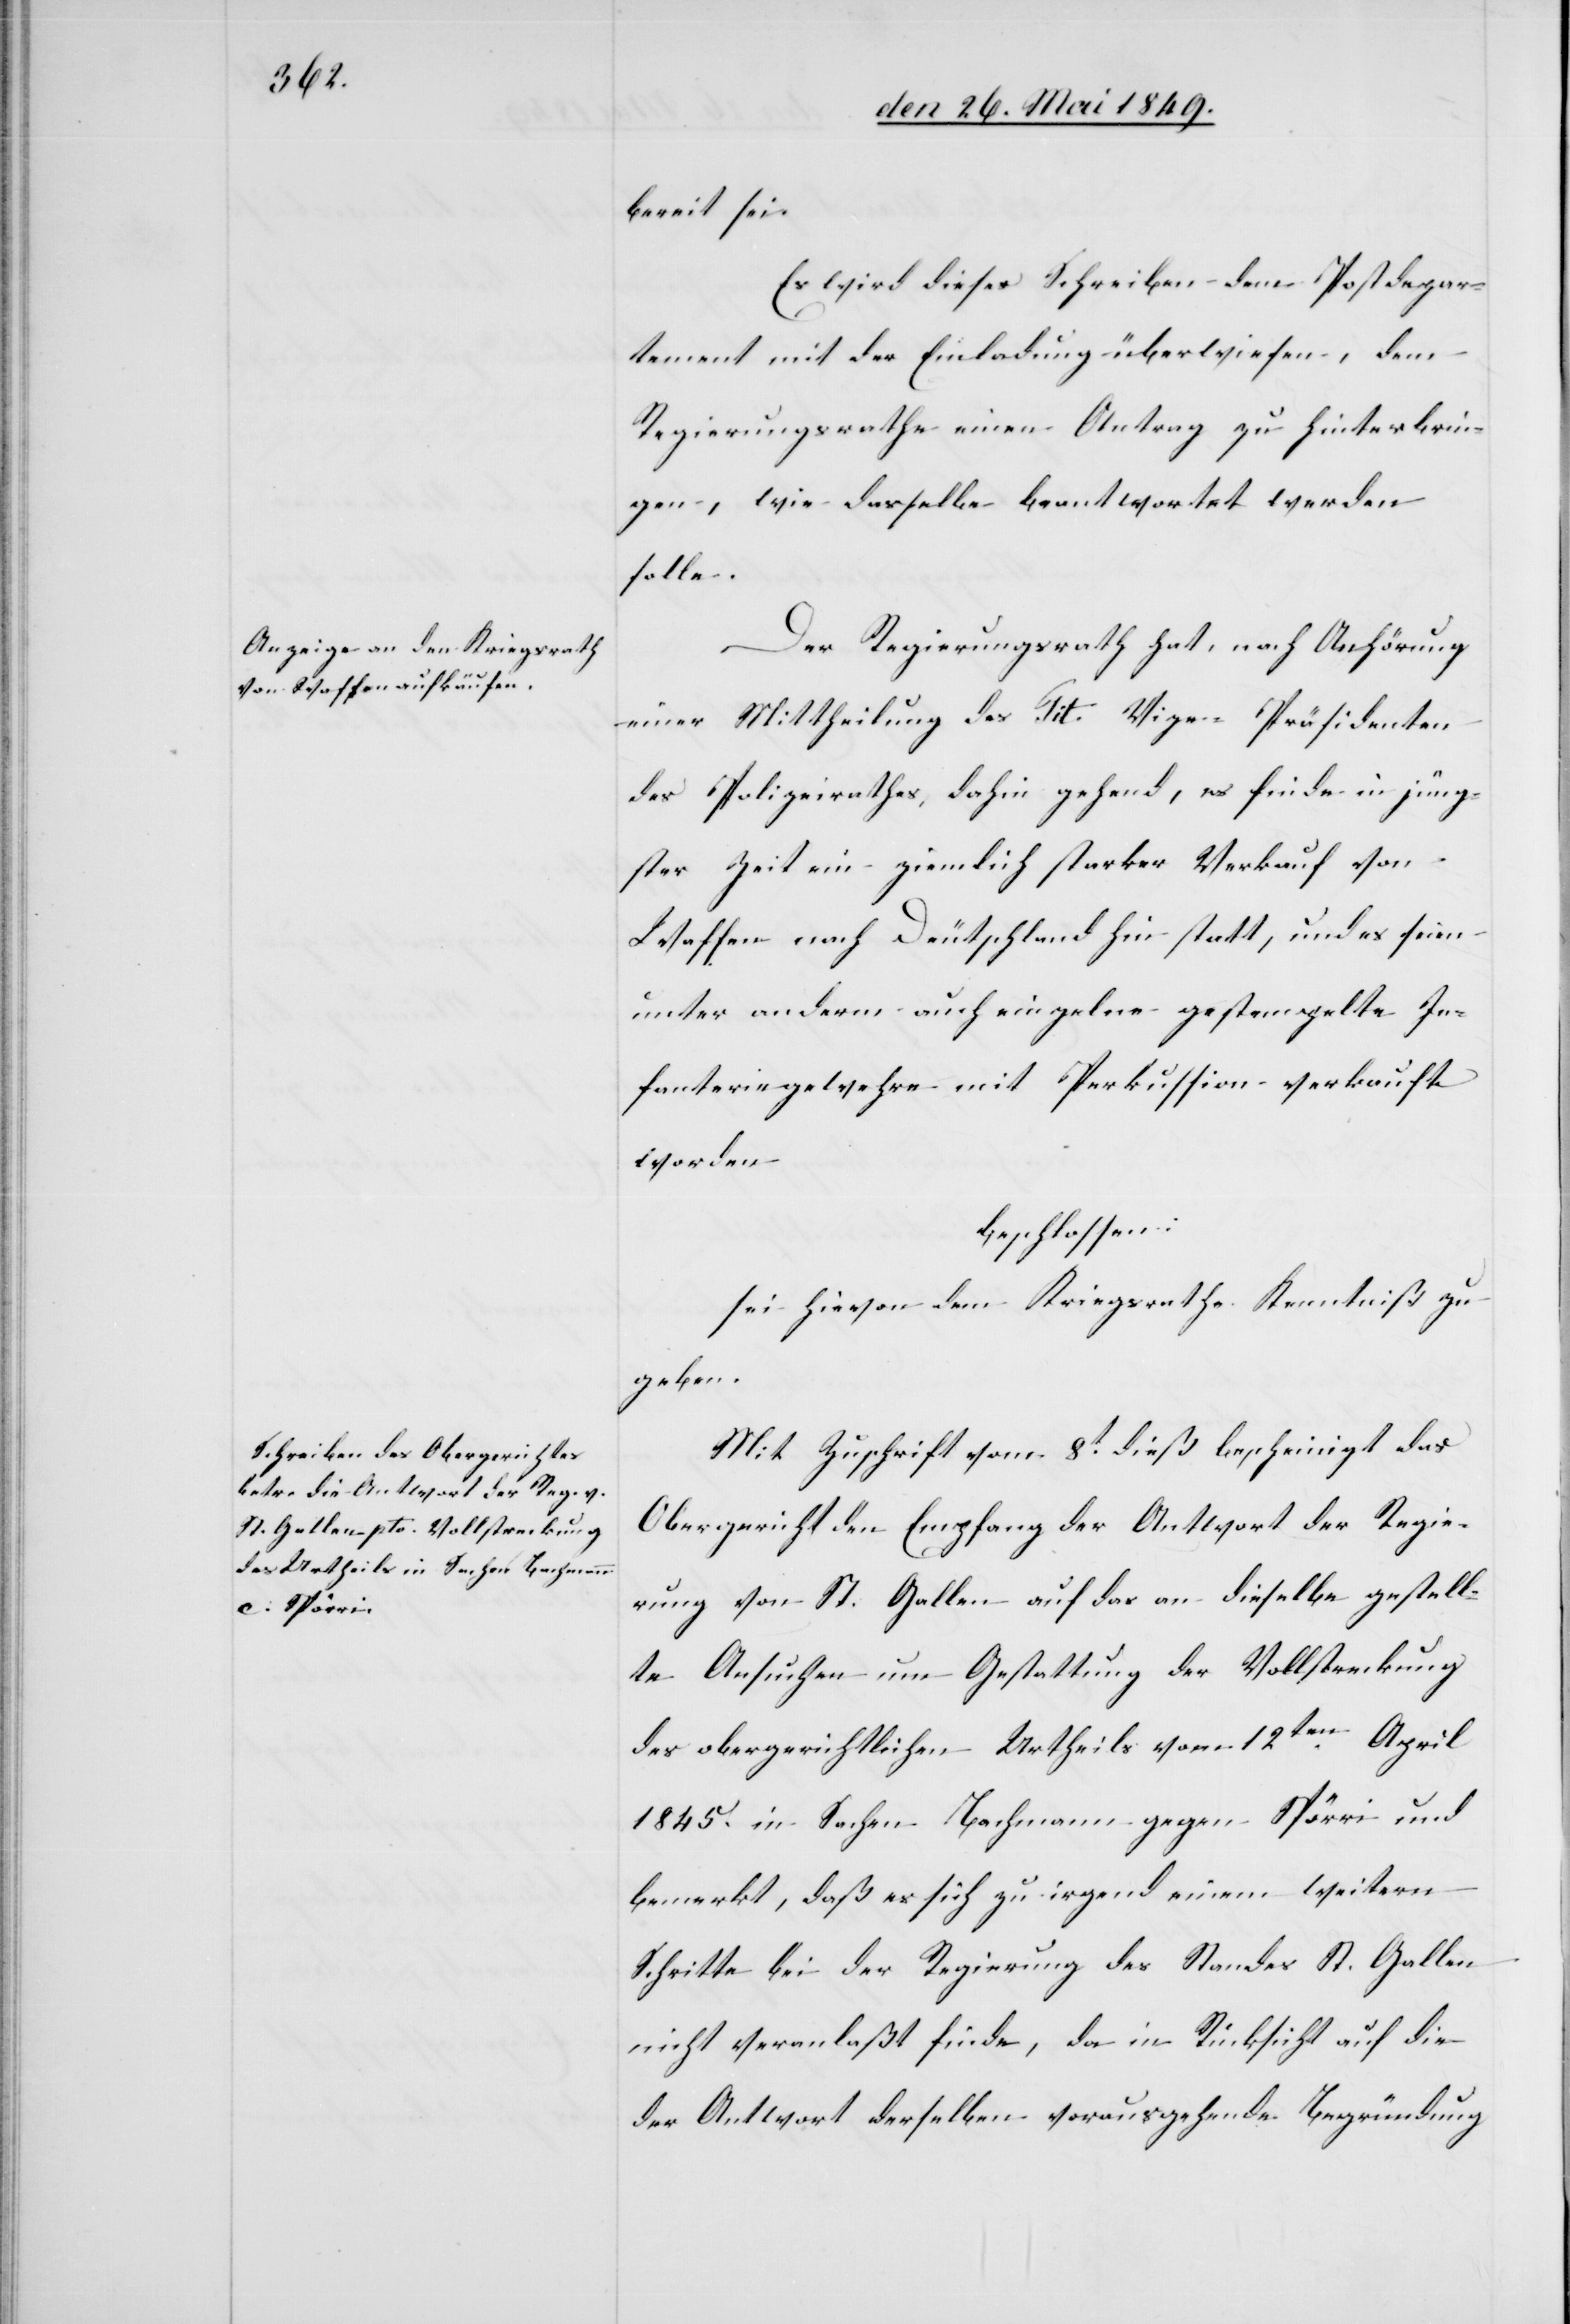
bereit sei.
Es wird dieses Schreiben dem Postdepar¬
tement mit der Einladung überwiesen, dem
Regierungsrathe einen Antrag zu hinterbrin¬
gen, wie dasselbe beantwortet werden
solle.
Der Regierungsrath hat, nach Anhörung
einer Mittheilung des Tit. Vize-Präsidenten
des Polizeirathes, dahin gehend, es finde in jüng¬
ster Zeit ein ziemlich starker Verkauf von
Waffen nach Deutschland hin statt, und es seien
unter anderm auch einzelne gestempelte In¬
fanteriegewehre mit Perkussion verkauft
worden
beschlossen:
sei hievon dem Kriegsrathe Kenntniß zu
geben.
Mit Zuschrift vom 8t dieß bescheinigt das
Obergericht den Empfang der Antwort der Regie¬
rung von St. Gallen auf das an dieselbe gestell¬
te Ansuchen um Gestattung der Vollstreckung
des obergerichtlichen Urtheils vom 12ten April
1845. in Sachen Bachmann gegen Spörri und
bemerkt, daß es sich zu irgend einem weitern
Schritte bei der Regierung des Standes St. Gallen
nicht veranlaßt finde, da in Rücksicht auf die
der Antwort derselben vorausgehende Begründung